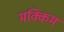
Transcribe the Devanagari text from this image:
मक्किम